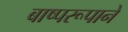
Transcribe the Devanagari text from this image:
बाष्परूपाने